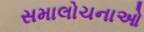
સમાલોચનાઓ